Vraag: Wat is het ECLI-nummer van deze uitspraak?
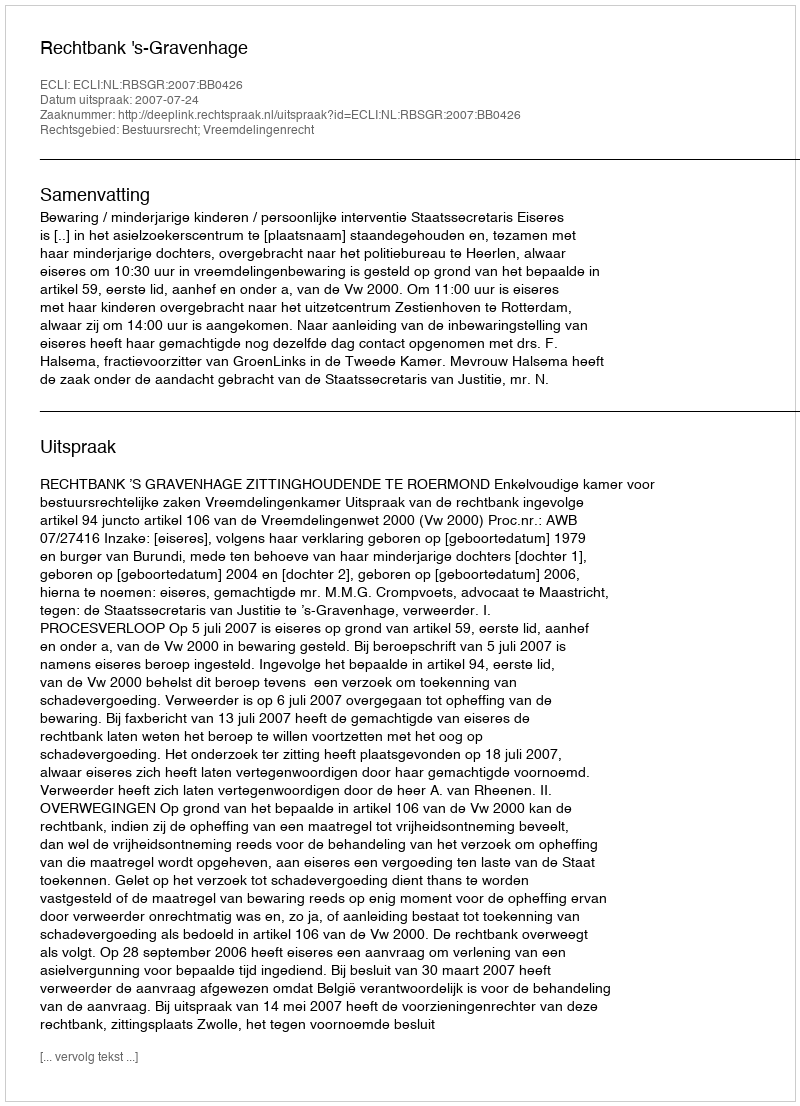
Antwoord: ECLI:NL:RBSGR:2007:BB0426